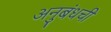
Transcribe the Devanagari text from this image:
अनुबंधची